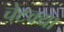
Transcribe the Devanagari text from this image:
चेटक्या